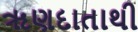
ૠણદાતાથી